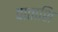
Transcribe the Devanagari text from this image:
वाताशि